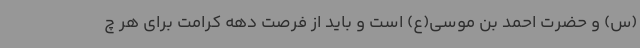
(س) و حضرت احمد بن موسی(ع) است و باید از فرصت دهه کرامت برای هر چ